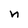
Character: n